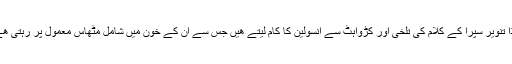
لہٰذا تنویر سپرا کے کلام کی تلخی اور کڑواہٹ سے انسولین کا کام لیتے ھیں جس سے ان کے خون میں شامل مٹھاس معمول پر رہتی ھے۔